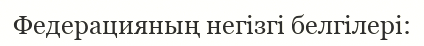
Федерацияның негізгі белгілері: